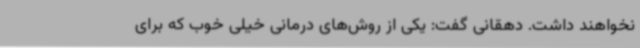
نخواهند داشت. دهقانی گفت: یکی از روش‌های درمانی خیلی خوب که برای